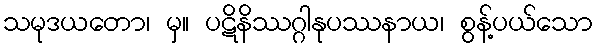
သမုဒယတော၊ မှ။ ပဋိနိဿဂ္ဂါနုပဿနာယ၊ စွန့်ပယ်သော